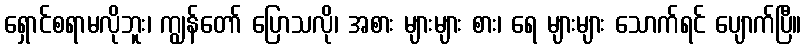
ရှောင်စရာမလိုဘူး၊ ကျွန်တော် ပြောသလို၊ အစား များများ စား၊ ရေ များများ သောက်ရင် ပျောက်ပြီ။